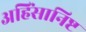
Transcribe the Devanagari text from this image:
अहिंसानिष्ट